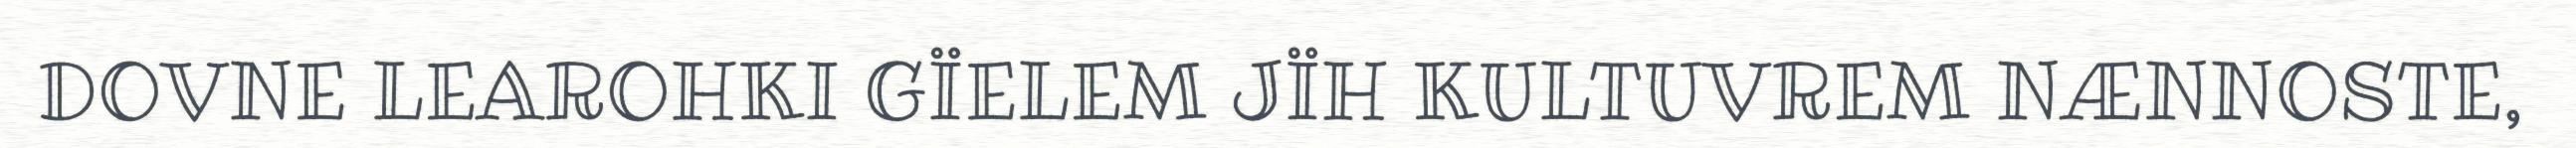
DOVNE LEAROHKI GÏELEM JÏH KULTUVREM NÆNNOSTE,